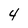
Character: 4